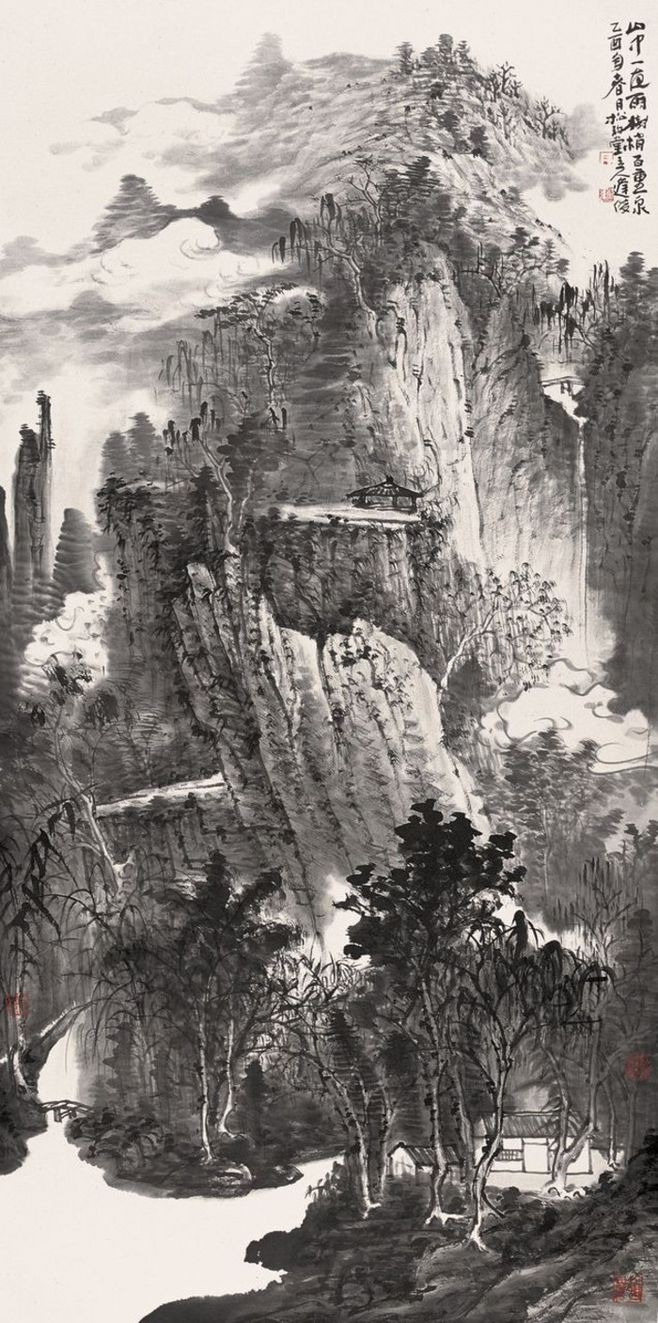
汉女输橦布，巴人讼芋田。